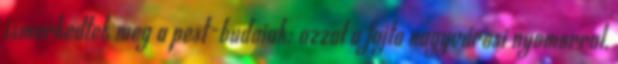
ismerkedtek meg a pest-budaiak: azzal a fajta nagyvárosi nyomorral,